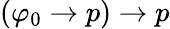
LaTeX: (\varphi_{0}\to p)\to p